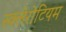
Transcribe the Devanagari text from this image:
स्क्लेरोटियम